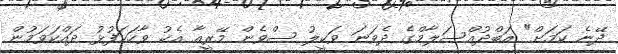
ދޭނެ ކަމަށް" އަބްދުއްސަލާމްގެ ދެވަނަ ވަކީލު ސްވެން މޭރީއާ އެކު ވާހަކަފުޅު ދައްކަވަމުން